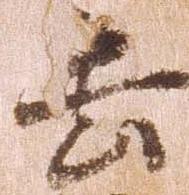
去